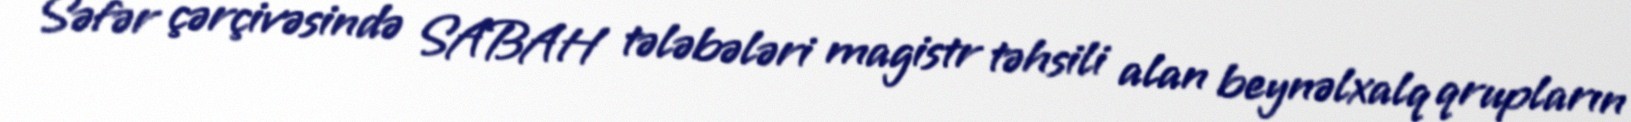
Səfər çərçivəsində SABAH tələbələri magistr təhsili alan beynəlxalq qrupların